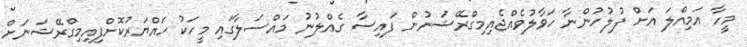
މީހާ އަމިއްލަ އަށް ފުލުހުންނާ ހަވާލުވެއްޖެއިމިގްރޭޝަނުން ފައިސާ ގެއްލުނު މައްސަލާގައި މީހަކު ހައްޔަރުކޮށްފިއިމިގްރޭޝަނަށް